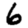
Digit: 6